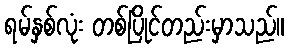
ရမ်နှစ်လုံး တစ်ပြိုင်တည်းမှာသည်။